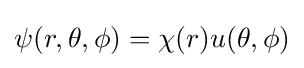
\psi (r,\theta ,\phi )=\chi (r)u(\theta ,\phi )